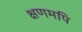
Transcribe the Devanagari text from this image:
क्षणमपि